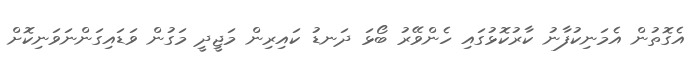
އެގޮތުން އެމަނިކުފާނު ކާރުކޮޅުގައި ހެންވޭރު ބޯޅަ ދަނޑު ކައިރިން މަޖީދީ މަގުން ވަޑައިގަންނަވަނިކޮށް